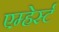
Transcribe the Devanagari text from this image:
एम्हेर्स्ट